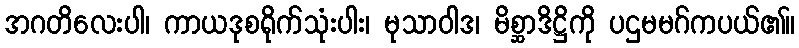
အဂတိလေးပါ၊ ကာယဒုစရိုက်သုံးပါး၊ မုသာဝါဒ၊ မိစ္ဆာဒိဋ္ဌိကို ပဌမမဂ်ကပယ်၏။